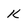
Character: K